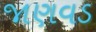
જાણવડ